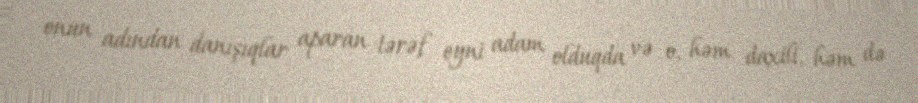
onun adından danışıqlar aparan tərəf eyni adam olduqda və o, həm daxili, həm də